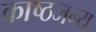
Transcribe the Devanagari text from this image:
काष्ठजन्य